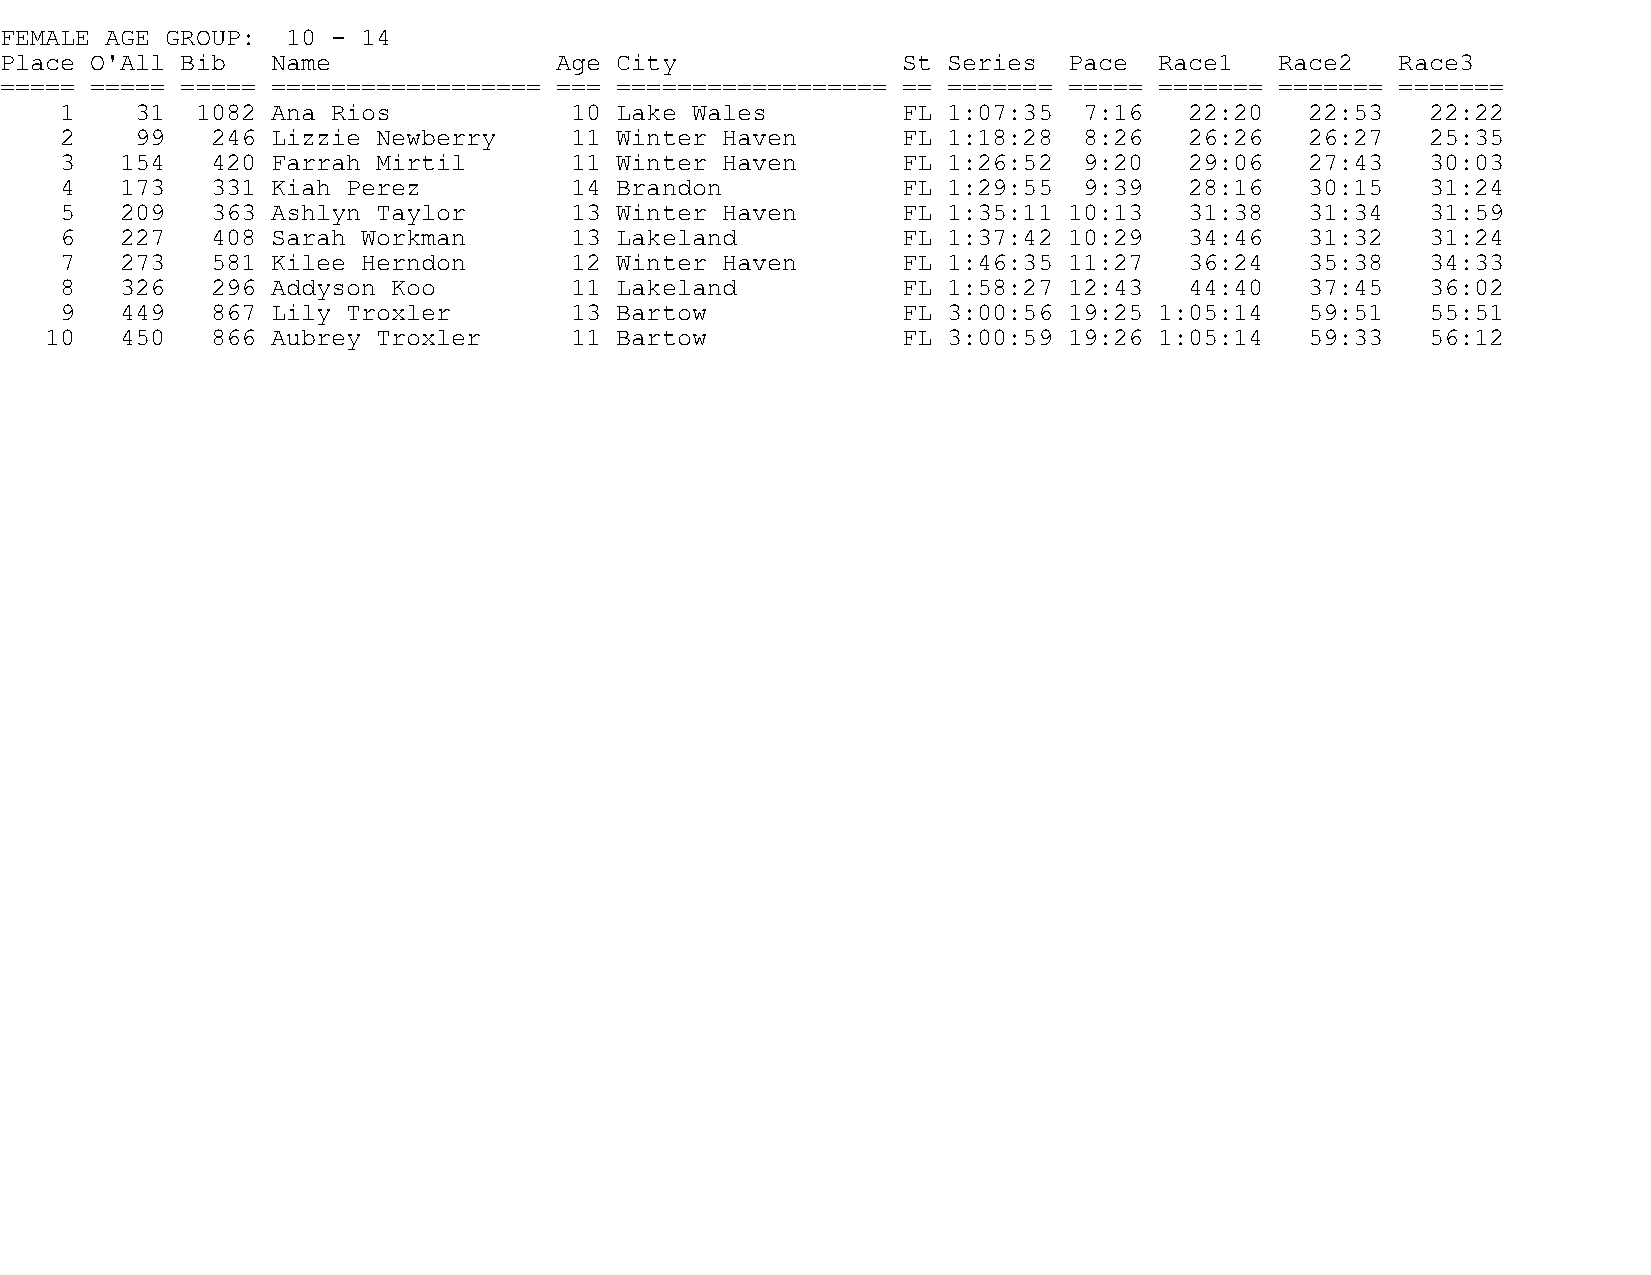
FEMALE AGE GROUP:  10 - 14
 Place O'All Bib   Name               Age City               St Series  Pace  Race1   Race2   Race3
 ===== ===== ===== ================== === ================== == ======= ===== ======= ======= =======
 1    31  1082 Ana Rios            10 Lake Wales         FL 1:07:35  7:16   22:20   22:53   22:22
 2    99   246 Lizzie Newberry     11 Winter Haven       FL 1:18:28  8:26   26:26   26:27   25:35
 3   154   420 Farrah Mirtil       11 Winter Haven       FL 1:26:52  9:20   29:06   27:43   30:03
 4   173   331 Kiah Perez          14 Brandon            FL 1:29:55  9:39   28:16   30:15   31:24
 5   209   363 Ashlyn Taylor       13 Winter Haven       FL 1:35:11 10:13   31:38   31:34   31:59
 6   227   408 Sarah Workman       13 Lakeland           FL 1:37:42 10:29   34:46   31:32   31:24
 7   273   581 Kilee Herndon       12 Winter Haven       FL 1:46:35 11:27   36:24   35:38   34:33
 8   326   296 Addyson Koo         11 Lakeland           FL 1:58:27 12:43   44:40   37:45   36:02
 9   449   867 Lily Troxler        13 Bartow             FL 3:00:56 19:25 1:05:14   59:51   55:51
 10   450   866 Aubrey Troxler      11 Bartow             FL 3:00:59 19:26 1:05:14   59:33   56:12